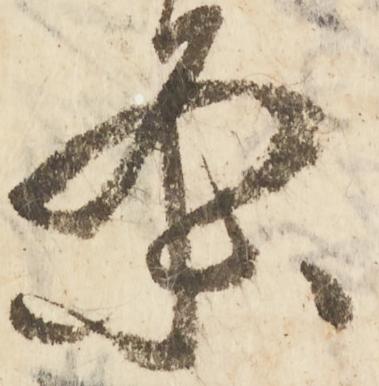
条